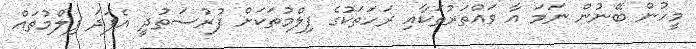
މީހުން ބޭނުން ނަމަ އާ ވައްތަރުތަކާއި ރަހަތަކުގެ ފިލްމުތަކަށް ފުރުސަތުދީ އެފަދަ ފިލްމުތައް